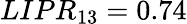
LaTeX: LIPR_{13}=0.74